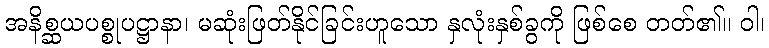
အနိစ္ဆယပစ္စုပဋ္ဌာနာ၊ မဆုံးဖြတ်နိုင်ခြင်းဟူသော နှလုံးနှစ်ခွကို ဖြစ်စေ တတ်၏။ ဝါ၊